system: You are a helpful assistant.
user:
Analyze the provided spectrum to determine if it is a **M-type Giant (gM)**.

A M-type Giant spectrum is defined by its **strong molecular absorption** features, particularly from **Titanium Oxide (TiO)**. You must check for one of the following mutually exclusive signatures:

- **Key Visual Indicators (Absorption-Dominated Spectrum):**

    - **(Primary):** The spectrum is dominated by strong molecular absorption from **Titanium Oxide (TiO)**. This is the **defining feature** of its M-type temperature class.
        - **(Key Bandheads):** Look for sharp, "saw-tooth" absorption valleys. The strongest are located near **~7050 Å**, **~6160 Å**, and **~5170 Å**.
        - **(Line Profile):** The "saw-tooth" morphology is critical: a **sharp, steep drop on the BLUE (short-wavelength) side** of the bandhead, followed by a gradual recovery (rising flux) towards the RED (long-wavelength) side.

    - **(Key Confirmation - Giant vs. Dwarf):** **ABSENCE** of strong **Calcium Hydride (CaH)** molecular bands. This is the primary diagnostic for *excluding* M-dwarfs.
        - **(Key Region):** The spectrum should lack the strong, broad absorption band seen in dwarfs between **~6800 Å and ~7000 Å**.

    - **(Secondary Confirmation - Giant):** A very strong and broad **Neutral Calcium (Ca I)** atomic absorption line.
        - **(Key Line):** Located at **~4226 Å**. In a giant (gM), this line is significantly deeper and broader than the same line in an M-dwarf (dM) due to low surface gravity.

    - **(Overall Spectrum):**
        - The continuum is **extremely red-sloping** (i.e., flux is very low in the blue and rises dramatically towards the red).
        - The entire spectrum appears "chopped up" by the deep TiO bands.

Think first, call **spectral_visualization_tool** if needed to examine features in detail, then provide your final answer. Your response must adhere to the following strict rules:
1.  **Overall Structure:** Your response must follow the format `<think>...</think> <tool_call>...</tool_call> (if a tool is used) <answer>...</answer>`.
2.  **Tool Usage Constraint:** You may only make **one** tool call per turn.
3.  **Final Answer Format:** In the `<answer>` tag, your conclusion must be inside a `\boxed{}` command (e.g., `\boxed{YES}` or `\boxed{NO}`), followed by your justification.

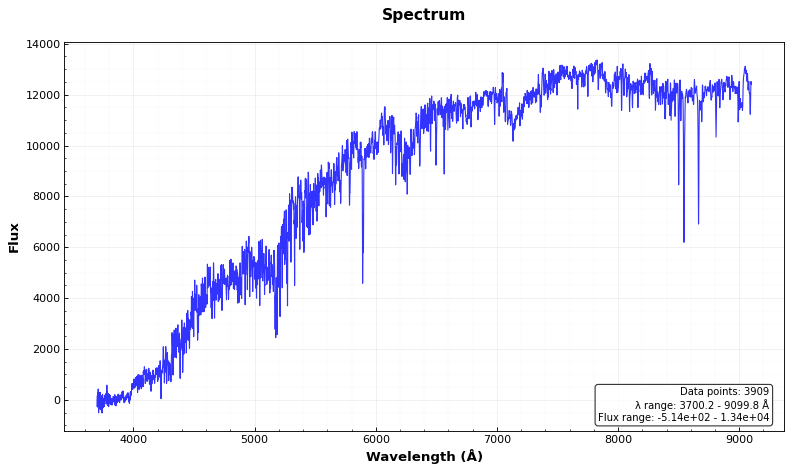
Answer: NO